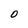
Character: O